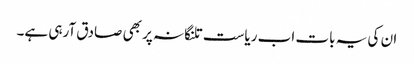
ان کی یہ بات اب ریاست تلنگانہ پر بھی صادق آرہی ہے۔